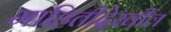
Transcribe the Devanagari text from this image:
माहितीदेखील